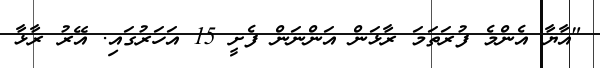
"އާޔާ އެންމެ ފުރަތަަމަ ރާޅަން އަންނަން ފެށީ 15 އަަހަރުގައި. އޭރު ރާޅާ